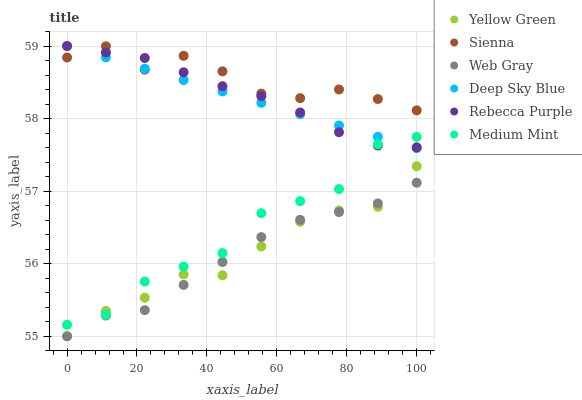
| xaxis_label | Yellow Green | Sienna | Web Gray | Deep Sky Blue | Rebecca Purple | Medium Mint |
 | --- | --- | --- | --- | --- | --- | --- |
 | 0 | 55 | 58.8 | 55 | 59 | 59 | 55.2 |
 | 11.1 | 55.3 | 59 | 55.3 | 58.8 | 58.9 | 55.3 |
 | 22.2 | 55.5 | 58.7 | 55.4 | 58.7 | 58.8 | 55.8 |
 | 33.3 | 55.9 | 58.9 | 55.7 | 58.5 | 58.6 | 56 |
 | 44.4 | 55.8 | 58.7 | 56 | 58.4 | 58.4 | 56.1 |
 | 55.6 | 56.2 | 58.3 | 56.4 | 58.2 | 58.3 | 56.7 |
 | 66.7 | 56.6 | 58.3 | 56.6 | 58.1 | 58.1 | 56.9 |
 | 77.8 | 56.7 | 58.4 | 56.7 | 57.9 | 57.8 | 57 |
 | 88.9 | 56.8 | 58.3 | 56.8 | 57.7 | 57.6 | 57.6 |
 | 100 | 57.3 | 58.1 | 57.1 | 57.6 | 57.6 | 57.7 |